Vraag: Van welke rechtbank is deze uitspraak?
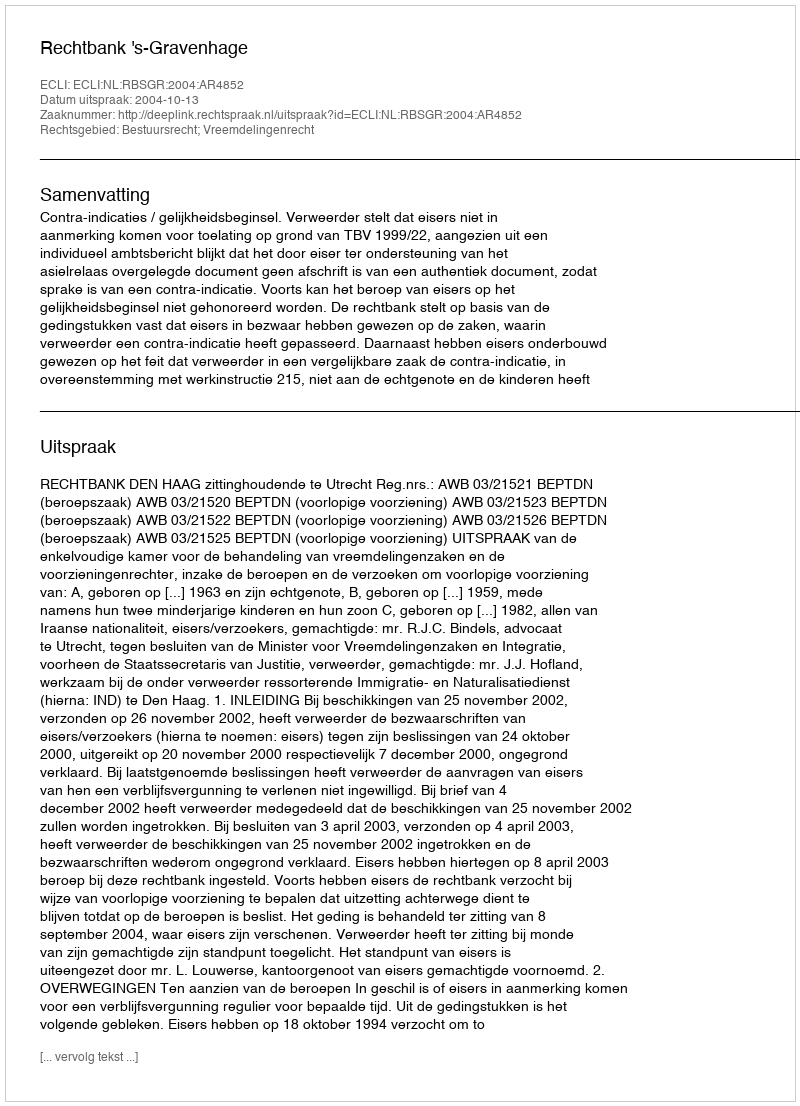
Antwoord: Rechtbank 's-Gravenhage